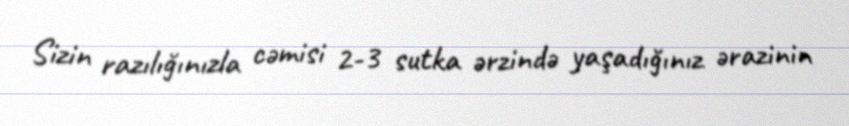
Sizin razılığınızla cəmisi 2-3 sutka ərzində yaşadığınız ərazinin